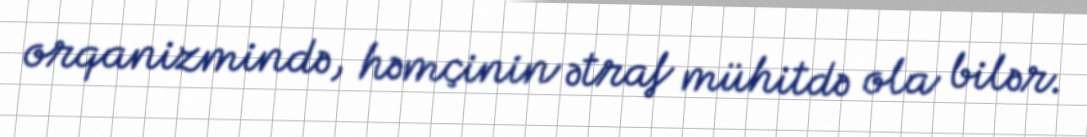
orqanizmində, həmçinin ətraf mühitdə ola bilər.